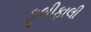
ફૂલીફાલી